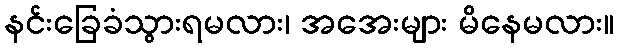
နင်းခြေခံသွားရမလား၊ အအေးများ မိနေမလား။